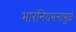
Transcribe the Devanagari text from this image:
भारनियमनामुळे